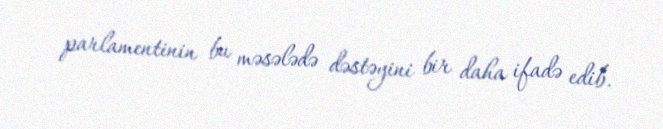
parlamentinin bu məsələdə dəstəyini bir daha ifadə edib.